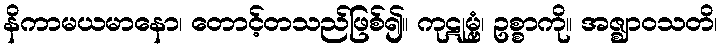
နိကာမယမာနော၊ တောင့်တသည်ဖြစ်၍။ ကုဋုမ္ဗံ၊ ဥစ္စာကို။ အဇ္ဈာဝသတိ၊